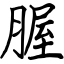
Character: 腛